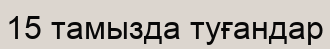
15 тамызда туғандар